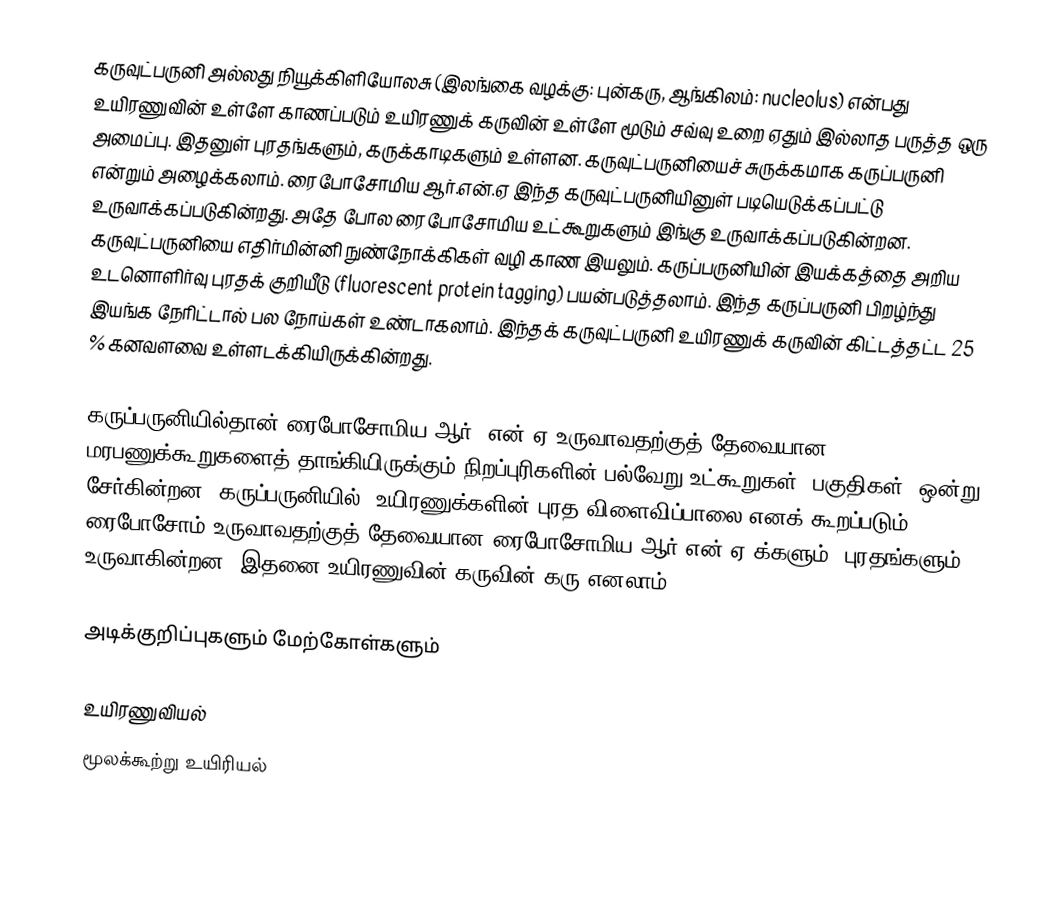
கருவுட்பருனி அல்லது நியூக்கிளியோலசு (இலங்கை வழக்கு: புன்கரு, ஆங்கிலம்: nucleolus) என்பது உயிரணுவின் உள்ளே காணப்படும் உயிரணுக் கருவின் உள்ளே மூடும் சவ்வு உறை ஏதும் இல்லாத பருத்த ஒரு அமைப்பு. இதனுள் புரதங்களும், கருக்காடிகளும் உள்ளன. கருவுட்பருனியைச் சுருக்கமாக கருப்பருனி என்றும் அழைக்கலாம். ரைபோசோமிய ஆர்.என்.ஏ  இந்த கருவுட்பருனியினுள் படியெடுக்கப்பட்டு உருவாக்கப்படுகின்றது. அதே போல ரைபோசோமிய உட்கூறுகளும் இங்கு உருவாக்கப்படுகின்றன. கருவுட்பருனியை எதிர்மின்னி நுண்நோக்கிகள் வழி காண இயலும். கருப்பருனியின் இயக்கத்தை அறிய உடனொளிர்வு புரதக் குறியீடு (fluorescent protein tagging) பயன்படுத்தலாம். இந்த கருப்பருனி பிறழ்ந்து இயங்க நேரிட்டால் பல நோய்கள் உண்டாகலாம். இந்தக் கருவுட்பருனி உயிரணுக் கருவின் கிட்டத்தட்ட 25 % கனவளவை உள்ளடக்கியிருக்கின்றது.

கருப்பருனியில்தான் ரைபோசோமிய ஆர். என்.ஏ உருவாவதற்குத் தேவையான மரபணுக்கூறுகளைத் தாங்கியிருக்கும் நிறப்புரிகளின் பல்வேறு உட்கூறுகள் (பகுதிகள்) ஒன்று சேர்கின்றன. கருப்பருனியில், உயிரணுக்களின் புரத விளைவிப்பாலை எனக் கூறப்படும் ரைபோசோம் உருவாவதற்குத் தேவையான ரைபோசோமிய ஆர்.என்.ஏ-க்களும், புரதங்களும் உருவாகின்றன. இதனை உயிரணுவின் கருவின் கரு எனலாம்.

அடிக்குறிப்புகளும் மேற்கோள்களும்

உயிரணுவியல்
மூலக்கூற்று உயிரியல்